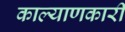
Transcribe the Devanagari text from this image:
काल्याणकारी